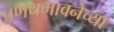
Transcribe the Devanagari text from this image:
प्रणयभावनेच्या